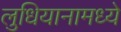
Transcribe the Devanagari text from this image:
लुधियानामध्ये